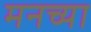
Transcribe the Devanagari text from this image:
मनच्या